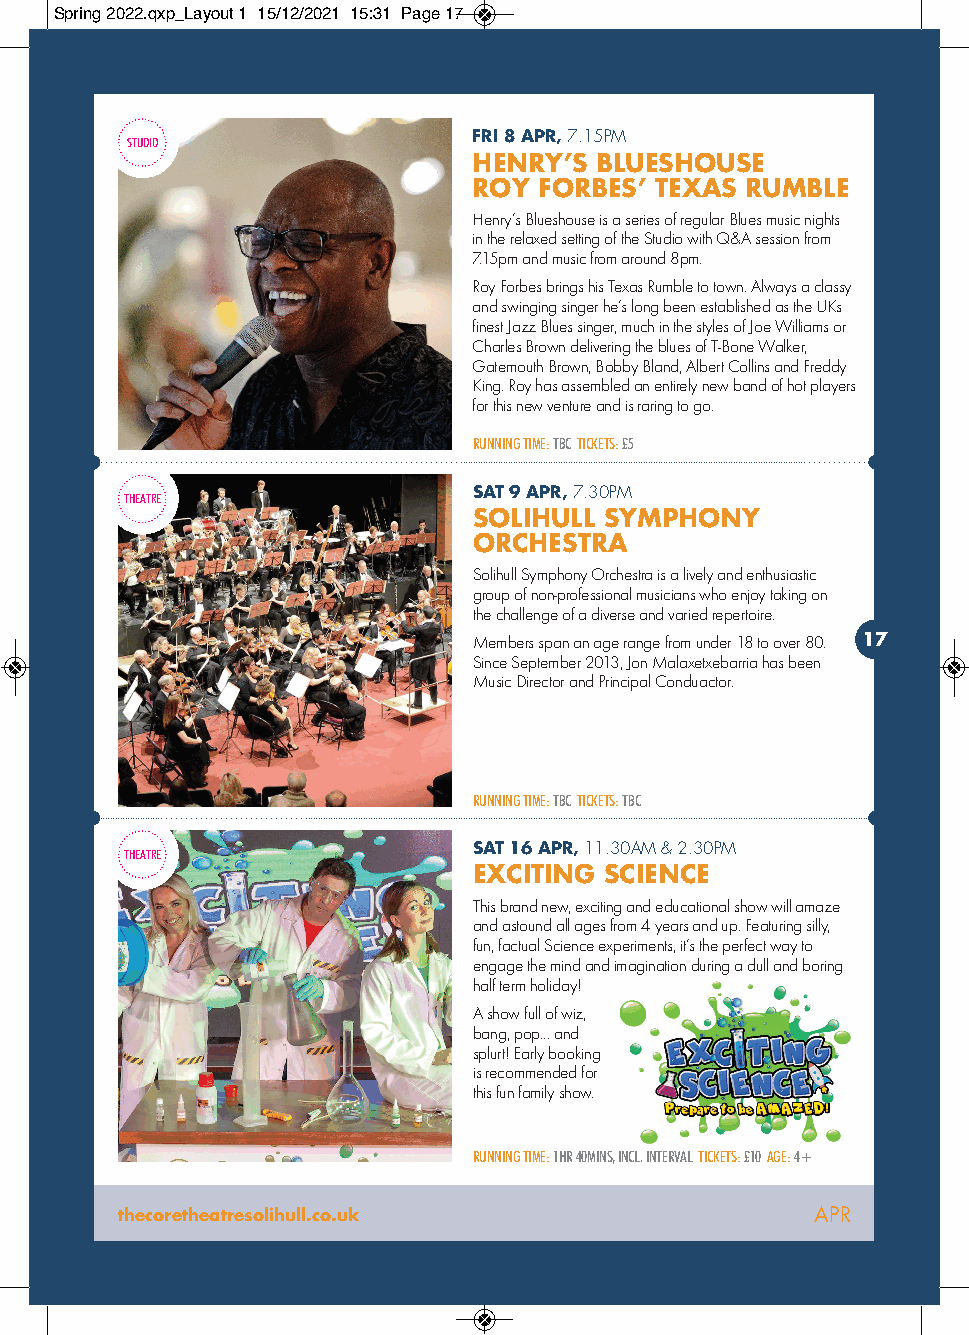
Spring 2022.qxp_Layout 1 15/12/2021 15:31 Page 17
 STUDIO
 FRI 8 APR,7.15PM
 HENRY’S BLUESHOUSE
 ROY  FORBES’ TEXAS RUMBLE
 Henry’s Blueshouse is a series of regular Blues music nights
 in the relaxed setting of the Studio with Q&A session from
 7.15pm and music from around 8pm.
 Roy Forbes brings his Texas Rumble to town. Always a classy
 and swinging singer he’s long been established as the UKs
 finest Jazz Blues singer, much in the styles of Joe Williams or
 Charles Brown delivering the blues of T-Bone Walker,
 Gatemouth Brown, Bobby Bland, Albert Collins and Freddy
 King. Roy has assembled an entirely new band of hot players
 for this new venture and is raring to go.
 RUNNING TIME:TBCTICKETS:£5
 SAT 9 APR,7.30PM
 THEATRE
 SOLIHULL SYMPHONY
 ORCHESTRA
 Solihull Symphony Orchestra is a lively and enthusiastic
 group of non-professional musicians who enjoy taking on
 the challenge of a diverse and varied repertoire.
 Members span an age range from under 18 to over 80. 17
 Since September 2013, Jon Malaxetxebarria has been
 Music Director and Principal Conduactor.
 RUNNING TIME: TBC TICKETS: TBC
 THEATRE                SAT 16 APR,11.30AM & 2.30PM
 EXCITING SCIENCE
 This brand new, exciting and educational show will amaze
 and astound all ages from 4 years and up. Featuring silly,
 fun, factual Science experiments, it’s the perfect way to
 engage the mind and imagination during a dull and boring
 half term holiday!
 A show full of wiz,
 bang, pop... and
 splurt! Early booking
 is recommended for
 this fun family show.
 RUNNING TIME:1HR 40MINS, INCL. INTERVALTICKETS:£10AGE:4+
 thecoretheatresolihull.co.uk                  APR